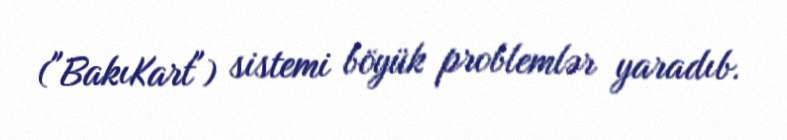
("BakıKart") sistemi böyük problemlər yaradıb.